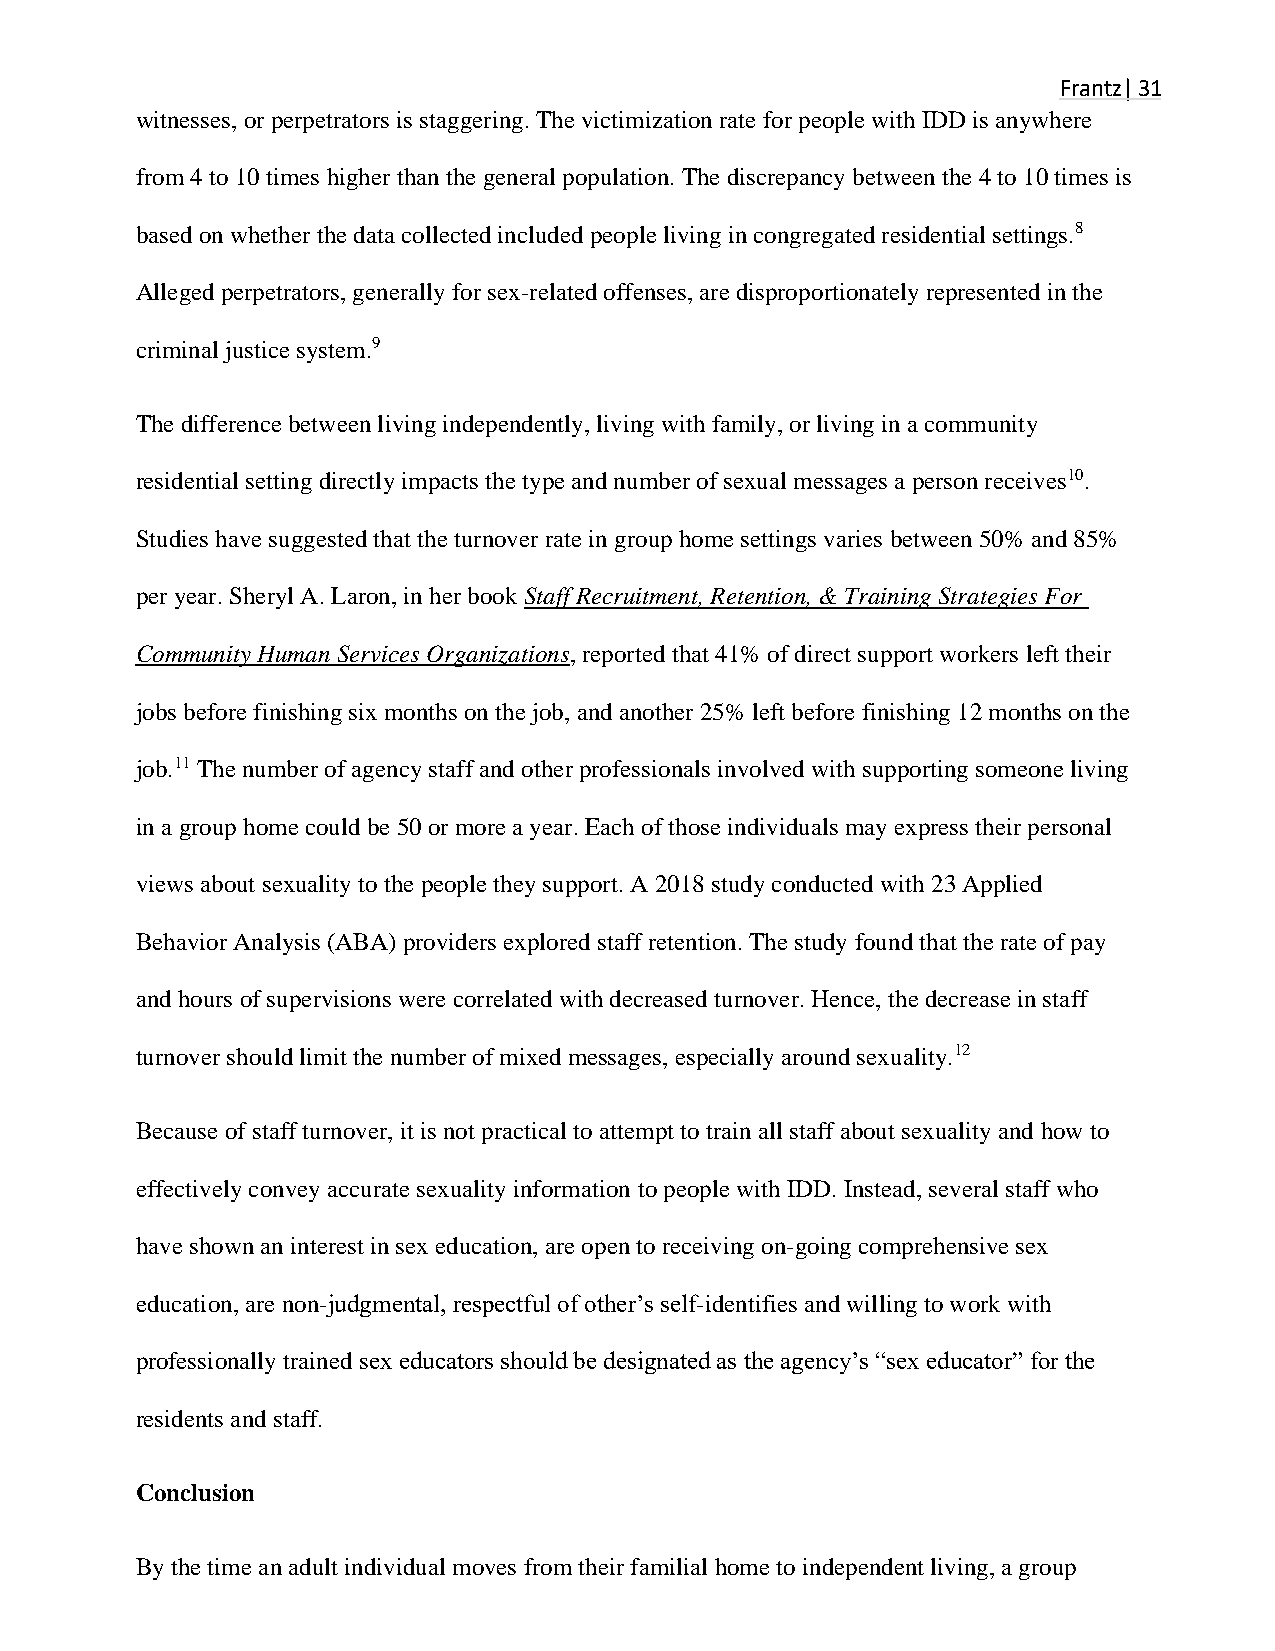
Frantz| 31
 witnesses, or perpetrators is staggering. The victimization rate for people with IDD is anywhere Frantz
 | 31
 from 4 to 10 times higher than the general population. The discrepancy between the 4 to 10 times is
 based on whether the data collected included people living in congregated residential settings.8
 Alleged perpetrators, generally for sex-related offenses, are disproportionately represented in the
 criminal justice system.9
 The difference between living independently, living with family, or living in a community
 residential setting directly impacts the type and number of sexual messages a person receives10.
 Studies have suggested that the turnover rate in group home settings varies between 50% and 85%
 per year. Sheryl A. Laron, in her book Staff Recruitment, Retention, & Training Strategies For
 Community Human Services Organizations, reported that 41% of direct support workers left their
 jobs before finishing six months on the job, and another 25% left before finishing 12 months on the
 job.11 The number of agency staff and other professionals involved with supporting someone living
 in a group home could be 50 or more a year. Each of those individuals may express their personal
 views about sexuality to the people they support. A 2018 study conducted with 23 Applied
 Behavior Analysis (ABA) providers explored staff retention. The study found that the rate of pay
 and hours of supervisions were correlated with decreased turnover. Hence, the decrease in staff
 turnover should limit the number of mixed messages, especially around sexuality.12
 Because of staff turnover, it is not practical to attempt to train all staff about sexuality and how to
 effectively convey accurate sexuality information to people with IDD. Instead, several staff who
 have shown an interest in sex education, are open to receiving on-going comprehensive sex
 education, are non-judgmental, respectful of other’s self-identifies and willing to work with
 professionally trained sex educators should be designated as the agency’s “sex educator” for the
 residents and staff.
 Conclusion
 By the time an adult individual moves from their familial home to independent living, a group